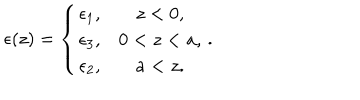
\epsilon ( z ) = \left\{ \begin{array} { c c } { { \epsilon _ { 1 } , } } & { { z < 0 , } } \\ { { \epsilon _ { 3 } , } } & { { 0 < z < a , } } \\ { { \epsilon _ { 2 } , } } & { { a < z . } } \\ \end{array} \right. .